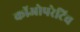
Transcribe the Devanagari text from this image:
कॉओपरेटिव